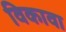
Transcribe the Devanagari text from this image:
विकावा